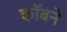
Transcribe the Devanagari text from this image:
कॉबने